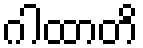
ဂါထာတိ